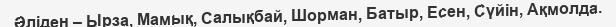
Әліден – Ырза, Мамық, Салықбай, Шорман, Батыр, Есен, Сүйін, Ақмолда.